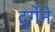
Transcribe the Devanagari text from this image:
दुर्गेने